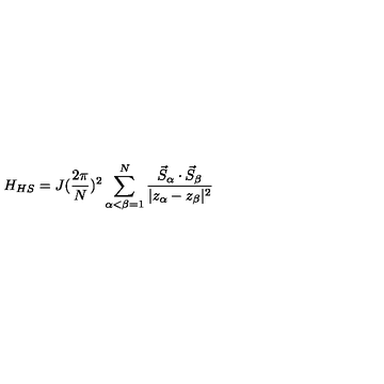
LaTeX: H _ { H S } = J ( \frac { 2 \pi } { N } ) ^ { 2 } \sum _ { \alpha < \beta = 1 } ^ { N } \frac { \vec { S } _ { \alpha } \cdot \vec { S } _ { \beta } } { | z _ { \alpha } - z _ { \beta } | ^ { 2 } }